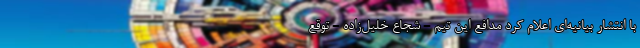
با انتشار بیانیه‌ای اعلام کرد مدافع این تیم - شجاع خلیل‌زاده - توقع